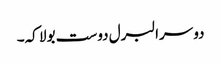
دوسرا لبرل دوست بولا کہ۔